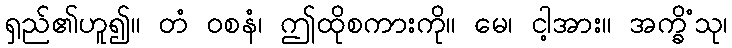
ရှည်၏ဟူ၍။ တံ ဝစနံ၊ ဤထိုစကားကို။ မေ၊ ငါ့အား။ အက္ခိံသု၊